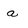
Character: a